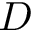
D